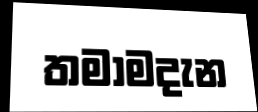
තමාමදැන